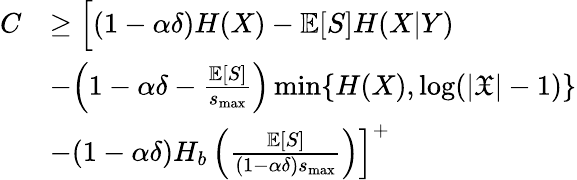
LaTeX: \begin{array}{rl}{C}&{\ge\Big[(1-\alpha\delta)H(X)-\mathbb{E}[S]H(X|Y)}\\ &{-\Big(1-\alpha\delta-\frac{\mathbb{E}[S]}{s_{\operatorname*{max}}}\Big)\operatorname*{min}\{ H(X),\log(|\mathfrak{X}|-1)\} }\\ &{-(1-\alpha\delta)H_{b}\left(\frac{\mathbb{E}[S]}{(1-\alpha\delta)s_{\operatorname*{max}}}\right)\Big]^{+}}\end{array}